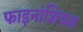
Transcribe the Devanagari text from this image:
फाइनांशियल